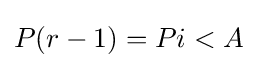
P(r-1)=Pi<A